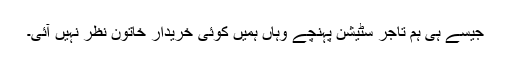
جیسے ہی ہم تاجر سٹیشن پہنچے وہاں ہمیں کوئی خریدار خاتون نظر نہیں آئی۔